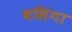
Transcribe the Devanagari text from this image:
बसिंगा